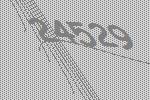
24529